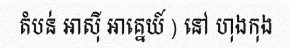
តំបន់ អាស៊ី អាគ្នេយ៍ ) នៅ ហុងកុង